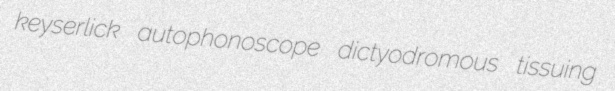
keyserlick autophonoscope dictyodromous tissuing